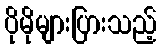
ပိုမိုများပြားသည့်